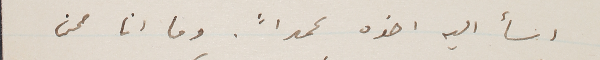
اسأ اليه اخوه عمداً. وما انا ممن